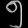
Digit: ၅